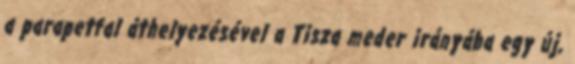
a parapetfal áthelyezésével a Tisza meder irányába egy új,